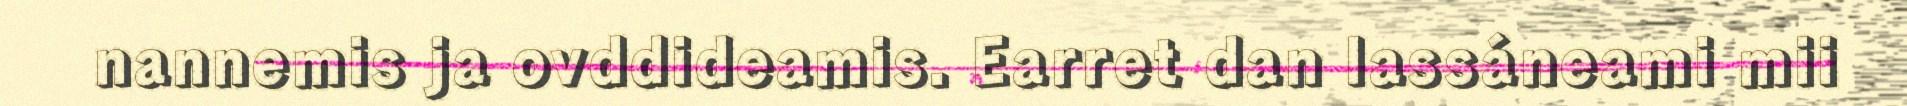
nannemis ja ovddideamis. Earret dan lassáneami mii